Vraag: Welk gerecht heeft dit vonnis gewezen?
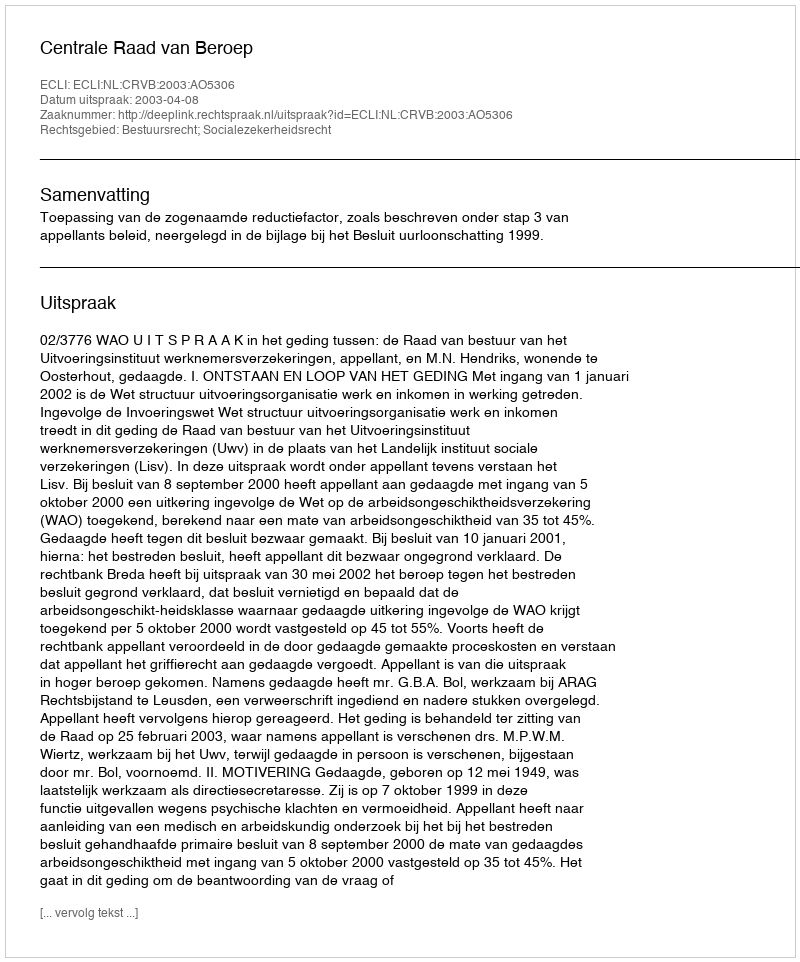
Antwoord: Centrale Raad van Beroep